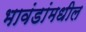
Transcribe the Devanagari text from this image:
भावंडांमधील